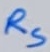
Text: RS